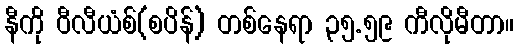
နီကို ဝီလီယံစ်(စပိန်) တစ်နေရာ ၃၅.၅၉ ကီလိုမီတာ။